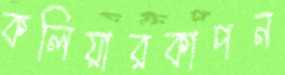
কলিয়ারকাপন